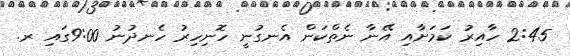
2:45 ހާއިރު ކަމަށާއި އޭނާ ނެތްކަން އެނގުނީ ހޮނިހިރު ހެނދުނު 9:00ގައި ރ.